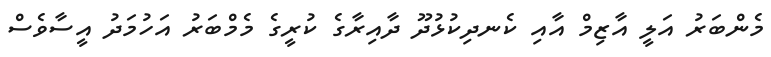
މެންބަރު އަލީ އާޒިމް އާއި ކެނދިކުޅުދޫ ދާއިރާގެ ކުރީގެ މެމްބަރު އަހުމަދު އީސާވެސް